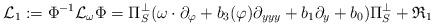
LaTeX: \begin{align*}\mathcal{L}_1:=\Phi^{-1} \mathcal{L}_{\omega} \Phi=\Pi_S^{\perp} (\omega\cdot \partial_{\varphi} + b_3(\varphi) \partial_{yyy}+b_1 \partial_y+b_0)\Pi_S^{\perp}+\mathfrak{R}_1\end{align*}